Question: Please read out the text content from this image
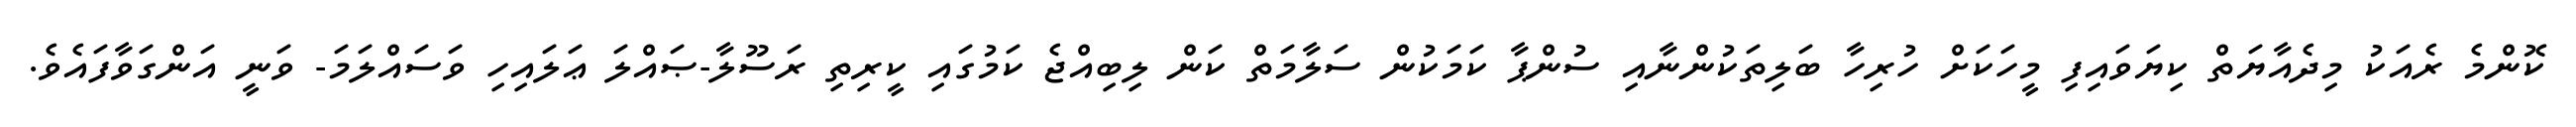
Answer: ކޮންމެ ރެއަކު މިދެއާޔަތް ކިޔަވައިފި މީހަކަށް ހުރިހާ ބަލިތަކުންނާއި ސުންޕާ ކަމަކުން ސަލާމަތް ކަން ލިބިއްޖެ ކަމުގައި ކީރިތި ރަސޫލާ-ޞައްލަ ޢަލައިހި ވަސައްލަމަ- ވަނީ އަންގަވާފައެވެ.